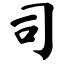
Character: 司